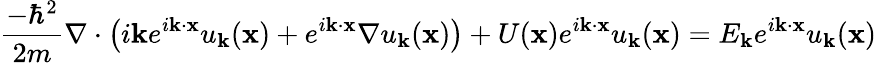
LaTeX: {\frac{-\hbar^{2}}{2m}}\nabla\cdot\left(i\mathbf{k}e^{i\mathbf{k}\cdot\mathbf{x}}u_{\mathbf{k}}(\mathbf{x})+e^{i\mathbf{k}\cdot\mathbf{x}}\nabla u_{\mathbf{k}}(\mathbf{x})\right)+U(\mathbf{x})e^{i\mathbf{k}\cdot\mathbf{x}}u_{\mathbf{k}}(\mathbf{x})=E_{\mathbf{k}}e^{i\mathbf{k}\cdot\mathbf{x}}u_{\mathbf{k}}(\mathbf{x})